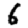
Digit: 6